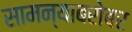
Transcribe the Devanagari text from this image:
सामन्याबरोबर